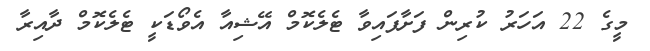
މީގެ 22 އަހަރު ކުރިން ފަށާފައިވާ ޓެލެކޮމް އޭޝިއާ އެވޯޑަކީ ޓެލެކޮމް ދާއިރާ